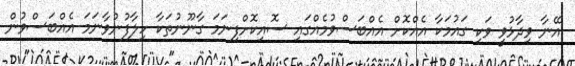
އޭނާ ވިދާޅުވީ ވަކި ގައުމަކާ އެއްްކޮށް އެއްބަސްވުމެއްގައި ސޮއިކޮށްފިނަމަ ގާނޫނުތަކާ ހިލާފުނުވާނަމަ އެއްބަސްވުން